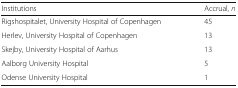
<table><thead><tr><td><b>Institutions</b></td><td><b>Accrual, <i>n</i></b></td></tr></thead><tbody><tr><td>Rigshospitalet, University Hospital of Copenhagen</td><td>45</td></tr><tr><td>Herlev, University Hospital of Copenhagen</td><td>13</td></tr><tr><td>Skejby, University Hospital of Aarhus</td><td>13</td></tr><tr><td>Aalborg University Hospital</td><td>5</td></tr><tr><td>Odense University Hospital</td><td>1</td></tr></tbody></table>